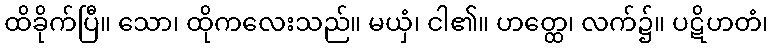
ထိခိုက်ပြီ။ သော၊ ထိုကလေးသည်။ မယှံ၊ ငါ၏။ ဟတ္ထေ၊ လက်၌။ ပဋိဟတံ၊